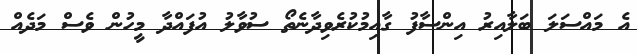
އެ މައްސަލަ ބަލާއިރު އިންސާފު ގާއިމުކުރެވިދާނެތޯ ސުވާލު އުފައްދާ މީހުން ވެސް މަދެއް